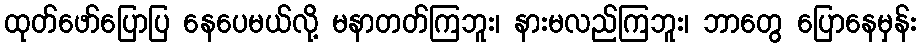
ထုတ်ဖော်ပြောပြ နေပေမယ်လို့ မနာတတ်ကြဘူး၊ နားမလည်ကြဘူး၊ ဘာတွေ ပြောနေမှန်း